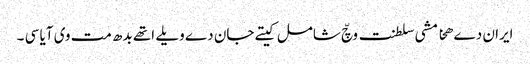
ایران دے ھخامشی سلطنت وچّ شامل کیتے جان دے ویلے اتھے بدھ مت وی آیا سی ۔